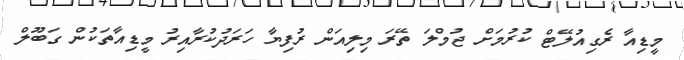
މީޑިއާ ރެގިއުލޭޓް ކުރުމަށް ޖުމްލަ ތޭރަ މިލިއަން ރުފިޔާ ހަރަދުކުރާއިރު މީޑިއާތަކުން ގަބޫލް